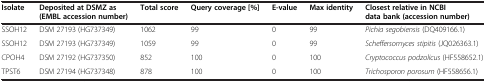
| Isolate | Deposited at DSMZ as (EMBL accession number) | Total score | Query coverage [%] | E-value | Max identity | Closest relative in NCBI data bank (accession number) |
 | --- | --- | --- | --- | --- | --- | --- |
 | SSOH12 | DSM 27193 (HG737349) | 1062 | 99 | 0 | 99 | Pichia segobiensis (DQ409166.1) |
 | SSOH12 | DSM 27193 (HG737349) | 1059 | 99 | 0 | 99 | Scheffersomyces stipitis (JQ026363.1) |
 | CPOH4 | DSM 27192 (HG737350) | 852 | 100 | 0 | 100 | Cryptococcus podzolicus (HF558652.1) |
 | TPST6 | DSM 27194 (HG737348) | 878 | 100 | 0 | 100 | Trichosporon porosum (HF558656.1) |